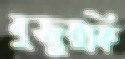
বুজুরকি